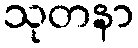
သုတနာ